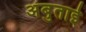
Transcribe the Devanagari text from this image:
अंबुताई